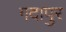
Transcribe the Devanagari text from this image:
गदापुर